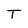
Character: T